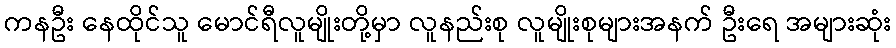
ကနဦး နေထိုင်သူ မောင်ရီလူမျိုးတို့မှာ လူနည်းစု လူမျိုးစုများအနက် ဦးရေ အများဆုံး